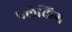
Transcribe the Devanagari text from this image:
फ्लेकिंग